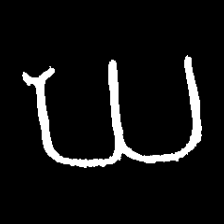
Pyu character \u2014 Myanmar letter: ဃ (romanized: gha)